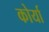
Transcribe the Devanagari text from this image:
कोर्या